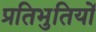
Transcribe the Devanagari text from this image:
प्रतिभुतियों